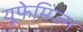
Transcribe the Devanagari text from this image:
यूफेमिज्म